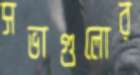
সভাগুলোর